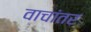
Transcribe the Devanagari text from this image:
वाचांतर